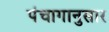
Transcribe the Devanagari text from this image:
पंंचागानुसार